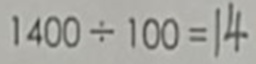
1 4 0 0 \div 1 0 0 = 1 4